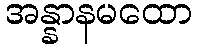
အန္နာနမထော